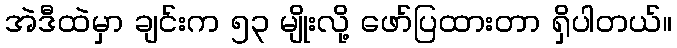
အဲဒီထဲမှာ ချင်းက ၅၃ မျိုးလို့ ဖော်ပြထားတာ ရှိပါတယ်။